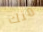
منك